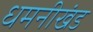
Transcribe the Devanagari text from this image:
धमनीखंड